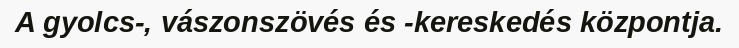
A gyolcs-, vászonszövés és -kereskedés központja.